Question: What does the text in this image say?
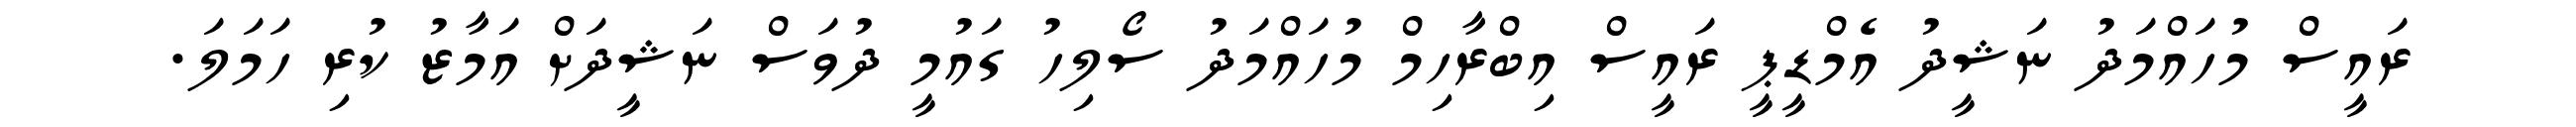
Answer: ރައީސް މުހައްމަދު ނަޝީދު އެމްޑީޕީ ރައީސް އިބްރާހިމް މުހައްމަދު ސޯލިހު ގައުމީ ދުވަސް ނަޝީދަށް އަމާޒު ކުރި ހަމަލަ.